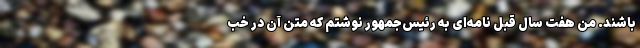
باشند. من هفت سال قبل نامه‌ای به رئیس‌جمهور نوشتم که متن آن در خب